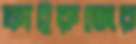
ফাইরুজের